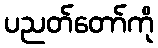
ပညတ်တော်ကို